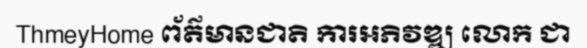
ThmeyHome ព័ត៌មានជាតិ ការអភិវឌ្ឍ លោក ជា